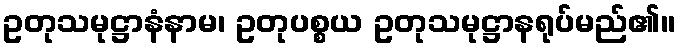
ဥတုသမုဋ္ဌာနံနာမ၊ ဥတုပစ္စယ ဥတုသမုဋ္ဌာနရုပ်မည်၏။